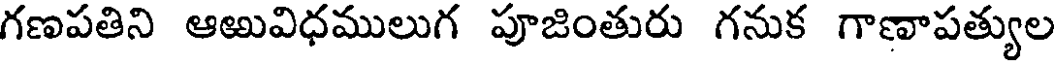
గణపతిని ఆఱువిధములుగ పూజింతురు గనుక గాణాపత్యుల